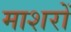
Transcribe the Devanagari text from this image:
माशरों